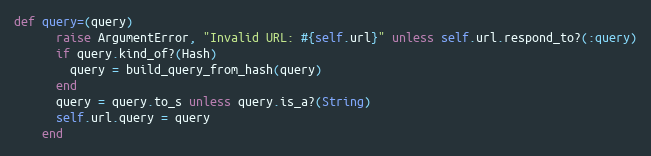
Language: Ruby
def query=(query)
      raise ArgumentError, "Invalid URL: #{self.url}" unless self.url.respond_to?(:query)
      if query.kind_of?(Hash)
        query = build_query_from_hash(query)
      end
      query = query.to_s unless query.is_a?(String)
      self.url.query = query
    end